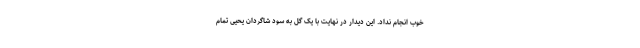
خوب انجام نداد. این دیدار در نهایت با یک گل به سود شاگردان یحیی تمام